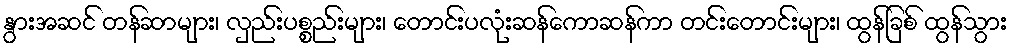
နွားအဆင် တန်ဆာများ၊ လှည်းပစ္စည်းများ၊ တောင်းပလုံးဆန်ကောဆန်ကာ တင်းတောင်းများ၊ ထွန်ခြစ် ထွန်သွား